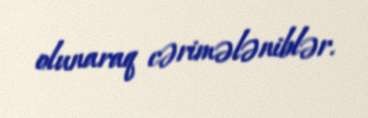
olunaraq cərimələniblər.